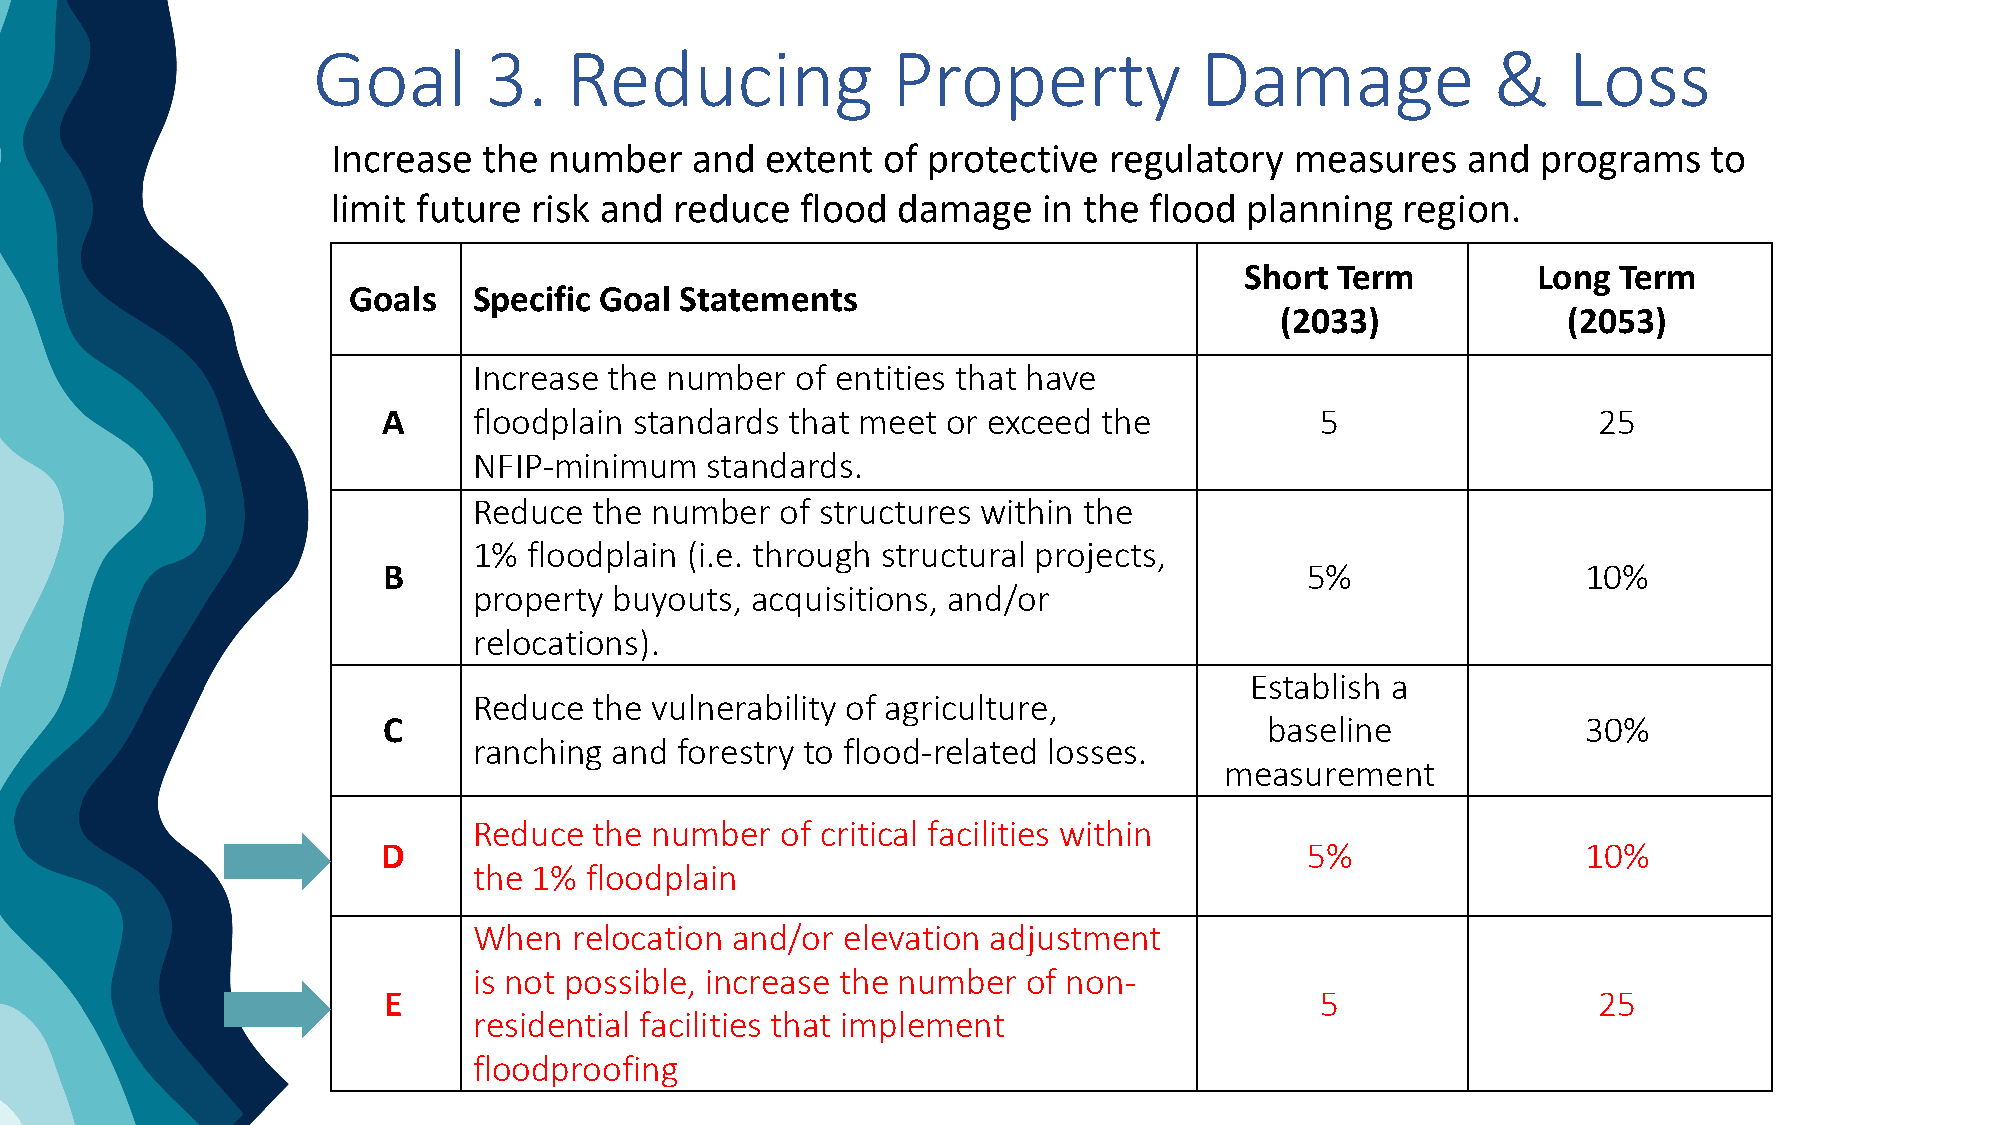
Goal       3.    Reducing             Property            Damage              &    Loss
 Increase  the number    and  extent of protective  regulatory   measures   and  programs   to
 limit future risk and  reduce  flood damage    in the flood  planning  region.
 Short Term          Long Term
 Goals   Specific Goal Statements
 (2033)             (2053)
 Increase the number   of entities that have
 A     floodplain standards that meet  or exceed the           5                  25
 NFIP-minimum    standards.
 Reduce  the number   of structures within the
 1%  floodplain (i.e. through structural projects,
 B                                                            5%                 10%
 property  buyouts, acquisitions, and/or
 relocations).
 Establish a
 Reduce  the vulnerability of agriculture,
 C                                                          baseline             30%
 ranching  and forestry to flood-related losses.
 measurement
 Reduce  the number   of critical facilities within
 D                                                            5%                 10%
 the 1%  floodplain
 When   relocation and/or elevation adjustment
 is not possible, increase the number of non-
 E                                                             5                  25
 residential facilities that implement
 floodproofing